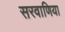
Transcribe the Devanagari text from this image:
सरवाणिया